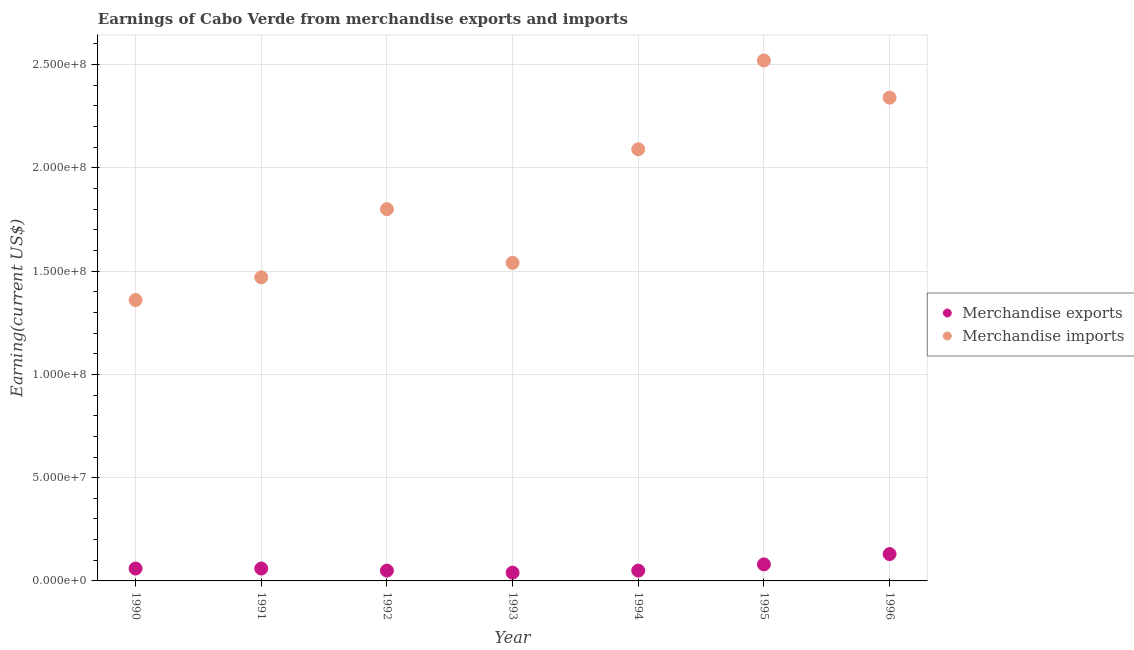
| Year | Merchandise exports | Merchandise imports |
 | --- | --- | --- |
 | 1990 | 6e+06 | 1.36e+08 |
 | 1991 | 6e+06 | 1.47e+08 |
 | 1992 | 5e+06 | 1.8e+08 |
 | 1993 | 4e+06 | 1.54e+08 |
 | 1994 | 5e+06 | 2.09e+08 |
 | 1995 | 8e+06 | 2.52e+08 |
 | 1996 | 1.3e+07 | 2.34e+08 |